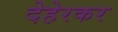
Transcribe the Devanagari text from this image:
देहेरकर